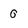
Character: 0